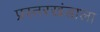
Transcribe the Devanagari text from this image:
प्रस्तरखंडाला